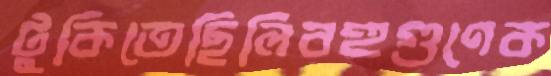
টুকিতেছিলিবহুগুণেক